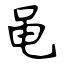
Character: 黾